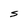
Character: S